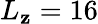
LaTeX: L_{\mathbf{z}}=16